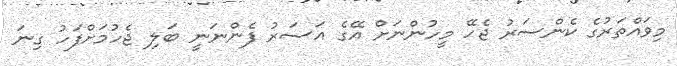
މިވައްތަރުގެ ކެންސަރު ޖެހޭ މީހުންނަށް އޭގެ އަސަރު ފެންނަނީ ބަލި ޖެހުމަށްފަހު ގިނަ